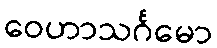
ဝေဟာသင်္ဂမော